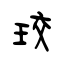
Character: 珓